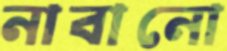
নাবানো